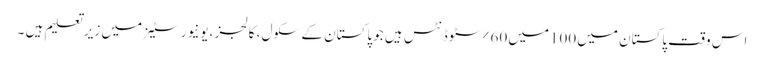
اس وقت پاکستان میں 100میں 60%سٹوڈنٹس ہیں جو پاکستان کے سکول ، کالجز ،یونیورسٹیز میں زیر تعلیم ہیں ۔